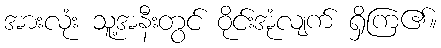
အားလုံး သူ့အနီးတွင် ဝိုင်းအုံလျက် ရှိကြ၏။